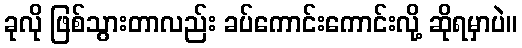
ခုလို ဖြစ်သွားတာလည်း ခပ်ကောင်းကောင်းလို့ ဆိုရမှာပဲ။